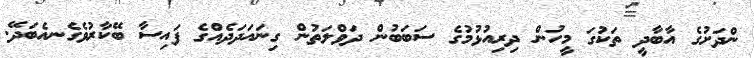
ންދަށުގެ އާބާދީ ތަކުގަ މީހުން ދިރިއުޅުމުގެ ސަބަބުން ދަވްލަތުން ގިނައަދަދެއްގެ ފައިސާ ބޭކާރުވެގެނއެބަދޭ.